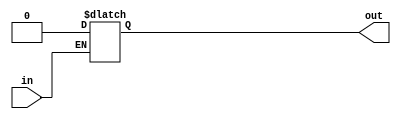
module open_drain_buffer (
    input in,
    output reg out
);

// Control logic for driving output low
always @(in)
begin
    if (in == 1'b0)
        out <= 1'b0;
end

endmodule